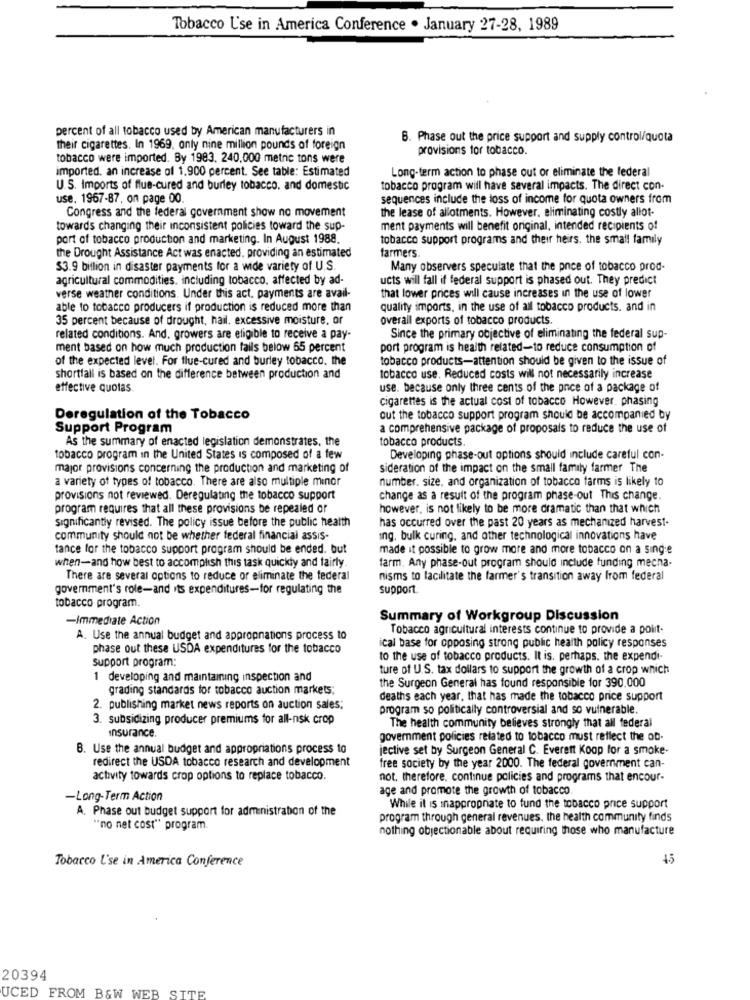
Tobacco Use in America Conference . January 27-28, 1989
percent of all tobacco used by American manufacturers in
6. Phase out the price support and supply control/quota
their cigarettes. In 1969, onty nine million pounds of foreign
provisions for tobacco.
tobacco were imported. By 1983. 240,000 metric tons were
imported. an increase of 1.900 percent. See table: Estimated
Long-term action to phase out or eliminate the federal
U.S. Imports of flue-cured and burley tobacco. and domestic
tobacco program will have several impacts. The direct con-
use. 1967-87, on page 00
sequences include the loss of income for quota owners from
Congress and the federal government show no movement
the lease of allotments. However, eliminating costly allot-
towards changing their inconsistent policies toward the sup-
ment payments will benefit original, intended recipients of
port of tobacco production and marketing. In August 1988.
tobacco support programs and their heirs. the small family
the Drought Assistance Act was enacted. providing an estimated
farmers.
$3.9 billion in disaster payments for a wide variety of U.S.
Many observers speculate that the price of tobacco prod-
agricultural commodities, including tobacco, affected by ad-
ucts will fall if federal support is phased out. They predict
verse weather conditions. Under this act. payments are avail-
that lower prices will cause increases in the use of lower
able to tobacco producers if production is reduced more than
quality imports, in the use of all tobacco products. and in
35 percent because of drought, hail. excessive moisture, or
overall exports of tobacco products.
related conditions. And, growers are eligible to receive a pay-
Since the primary objective of eliminating the federal sup-
ment based on how much production falls below 65 percent
port program is health related-to reduce consumption of
of the expected level. For flue-cured and burley tobacco. the
tobacco products-attention should be given to the issue of
shortfall is based on the difference between production and
tobacco use. Reduced costs will not necessarily increase
effective quotas.
use. because only three cents of the price of a package of
cigarettes is the actual cost of tobacco However. phasing
Deregulation of the Tobacco
cut the tobacco support program should be accompanied by
Support Program
a comprehensive package of proposals to reduce the use of
As the summary of enacted legislation demonstrates, the
tobacco products.
tobacco program in the United States is composed of a few
Developing phase-out options should include careful con-
major provisions concerning the production and marketing of
sideration of the impact on the small family farmer The
a variety of types of tobacco. There are also multiple minor
number. size, and organization of tobacco farms is likely to
provisions not reviewed. Deregulating the tobacco support
change as a result of the program phase-out This change.
program requires that all these provisions be repealed or
however, is not likely to be more dramatic than that which
Significantly revised. The policy issue before the public health
has occurred over the past 20 years as mechanized harvest-
community should not be whether federal financial assis-
ing, bulk curing, and other technological innovations have
tance for the tobacco support program should be ended. but
made it possible to grow more and more tobacco on a single
farm. Any phase-out program should include funding mecha-
when-and how best to accomplish this task quickly and fairly.
There are several options to reduce or eliminate the federal
nisms to facilitate the farmer's transition away from federal
government's role-and its expenditures-for regulating the
support.
tobacco program.
-Immediate Action
Summary of Workgroup Discussion
Tobacco agricultural interests continue to provide a polit-
A. Use the annual budget and appropnations process to
phase out these USDA expenditures for the tobacco
ical base for opposing strong public health policy responses
support program
to the use of tobacco products. It is. perhaps. the expendi-
ture of U.S. tax dollars to support the growth of a crop which
1 developing and maintaining inspection and
grading standards for tobacco auction markets:
the Surgeon General has found responsible for 390.000
deaths each year, that has made the tobacco price support
2. publishing market news reports on auction sales;
program so politically controversial and so vulnerable.
3. subsidizing producer premiums for all-nsk crop
The health community believes strongly that all federal
insurance.
government policies related to tobacco must reflect the ob-
B. Use the annual budget and appropriations process to
jective set by Surgeon General C. Everett Koop for a smoke-
redirect the USDA tobacco research and development
free society by the year 2000. The federal government can-
activity towards crop options to replace tobacco.
not. therefore, continue policies and programs that encour-
age and promote the growth of tobacco
-Long-Term Action
A. Phase out budget support for administration of the
While it is inappropriate to fund the tobacco price support
program through general revenues, the health community finds
"no net cost" program.
nothing objectionable about requiring those who manufacture
Tobacco L'se in America Conference
4.5
20394
UCED FROM B&W WEB SITE